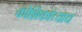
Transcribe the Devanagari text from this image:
कोशिकांच्याच